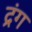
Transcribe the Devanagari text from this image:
द्रंग